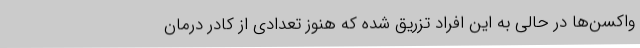
واکسن‌ها در حالی به این افراد تزریق شده که هنوز تعدادی از کادر درمان